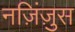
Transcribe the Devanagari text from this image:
नज़िंज़ुस